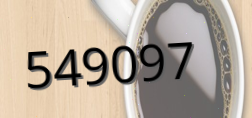
549097